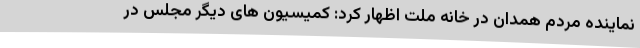
نماینده مردم همدان در خانه ملت اظهار کرد: کمیسیون های دیگر مجلس در